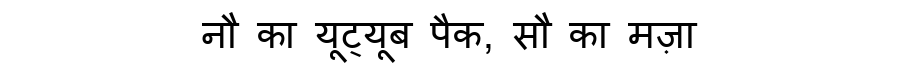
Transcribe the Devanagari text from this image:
नौ का यूट्यूब पैक, सौ का मज़ा